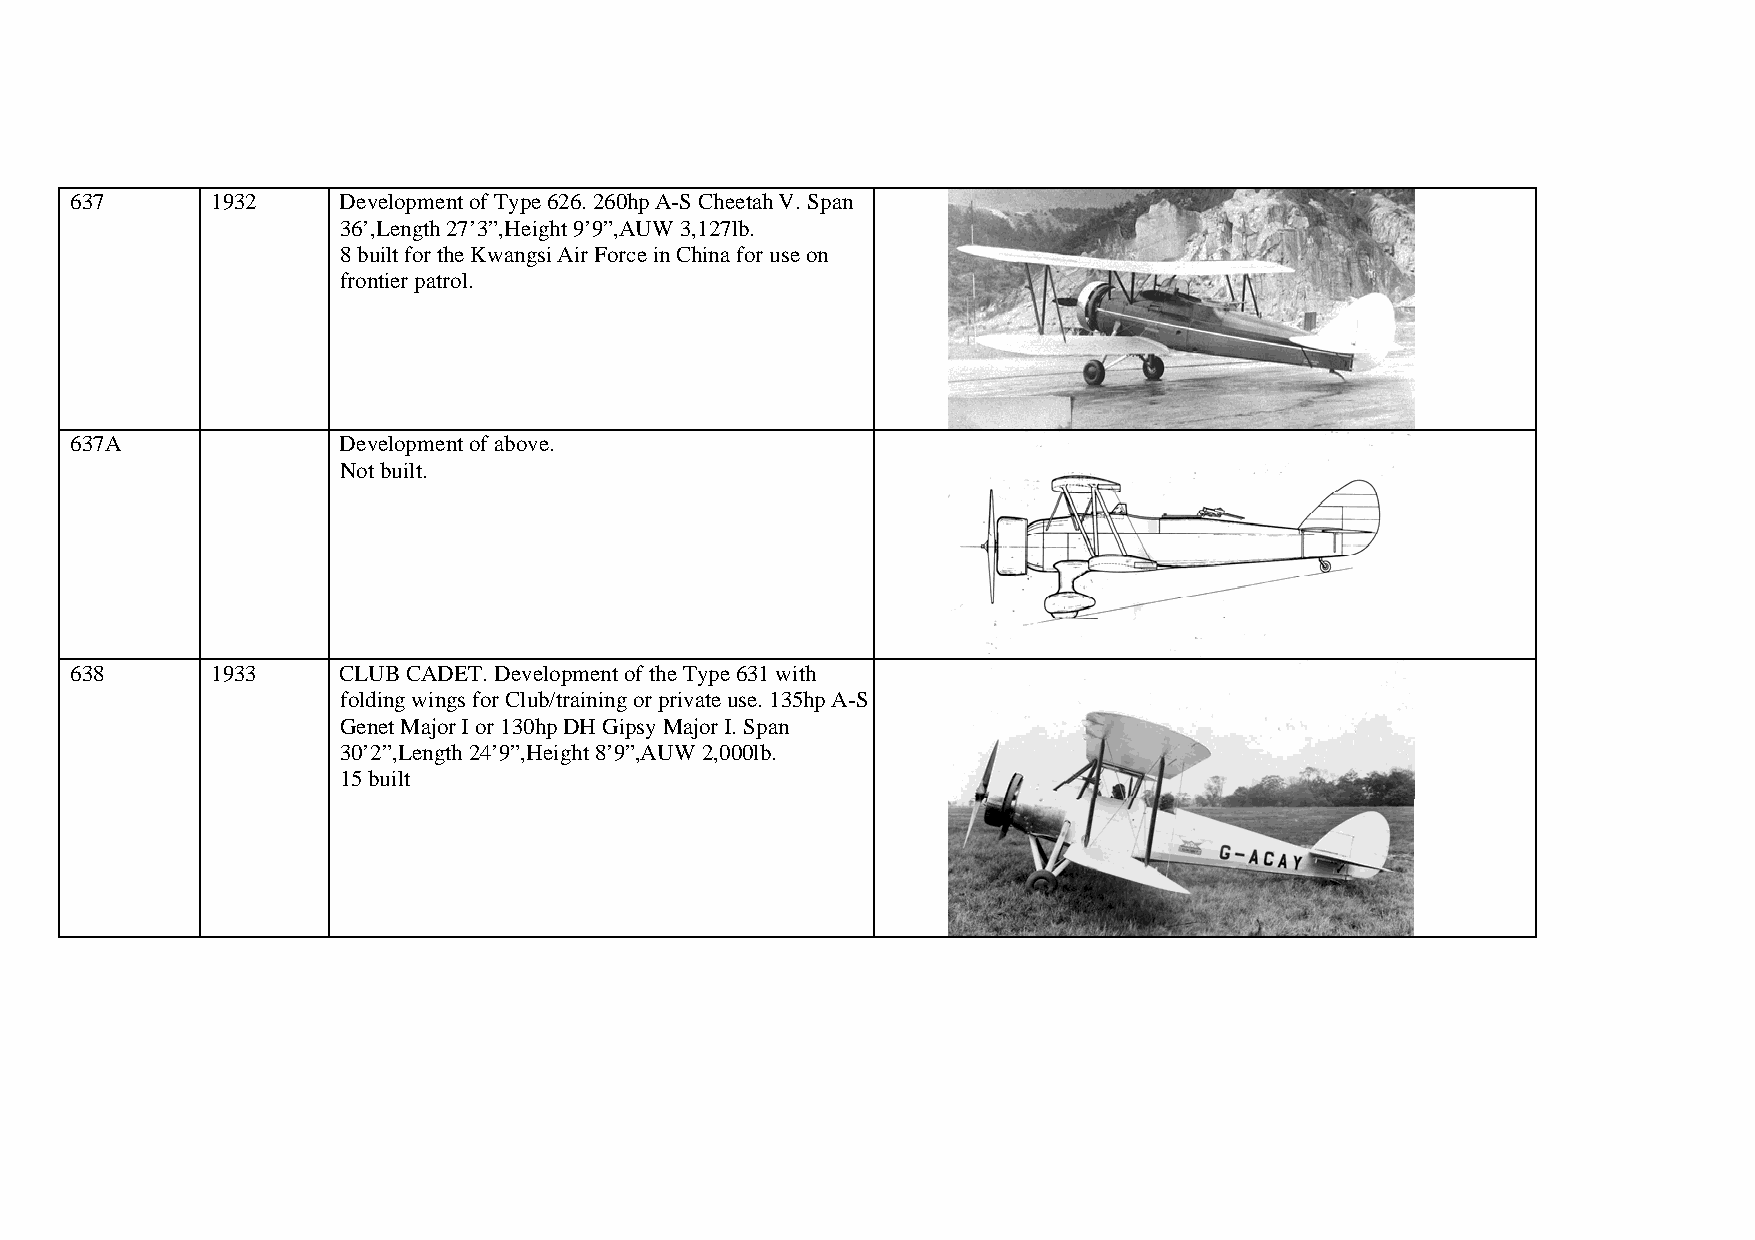
637      1932    Development of Type 626. 260hp A-S Cheetah V. Span
 36’,Length 27’3”,Height 9’9”,AUW 3,127lb.
 8 built for the Kwangsi Air Force in China for use on
 frontier patrol.
 637A             Development of above.
 Not built.
 638      1933    CLUB CADET. Development of the Type 631 with
 folding wings for Club/training or private use. 135hp A-S
 Genet Major I or 130hp DH Gipsy Major I. Span
 30’2”,Length 24’9”,Height 8’9”,AUW 2,000lb.
 15 built